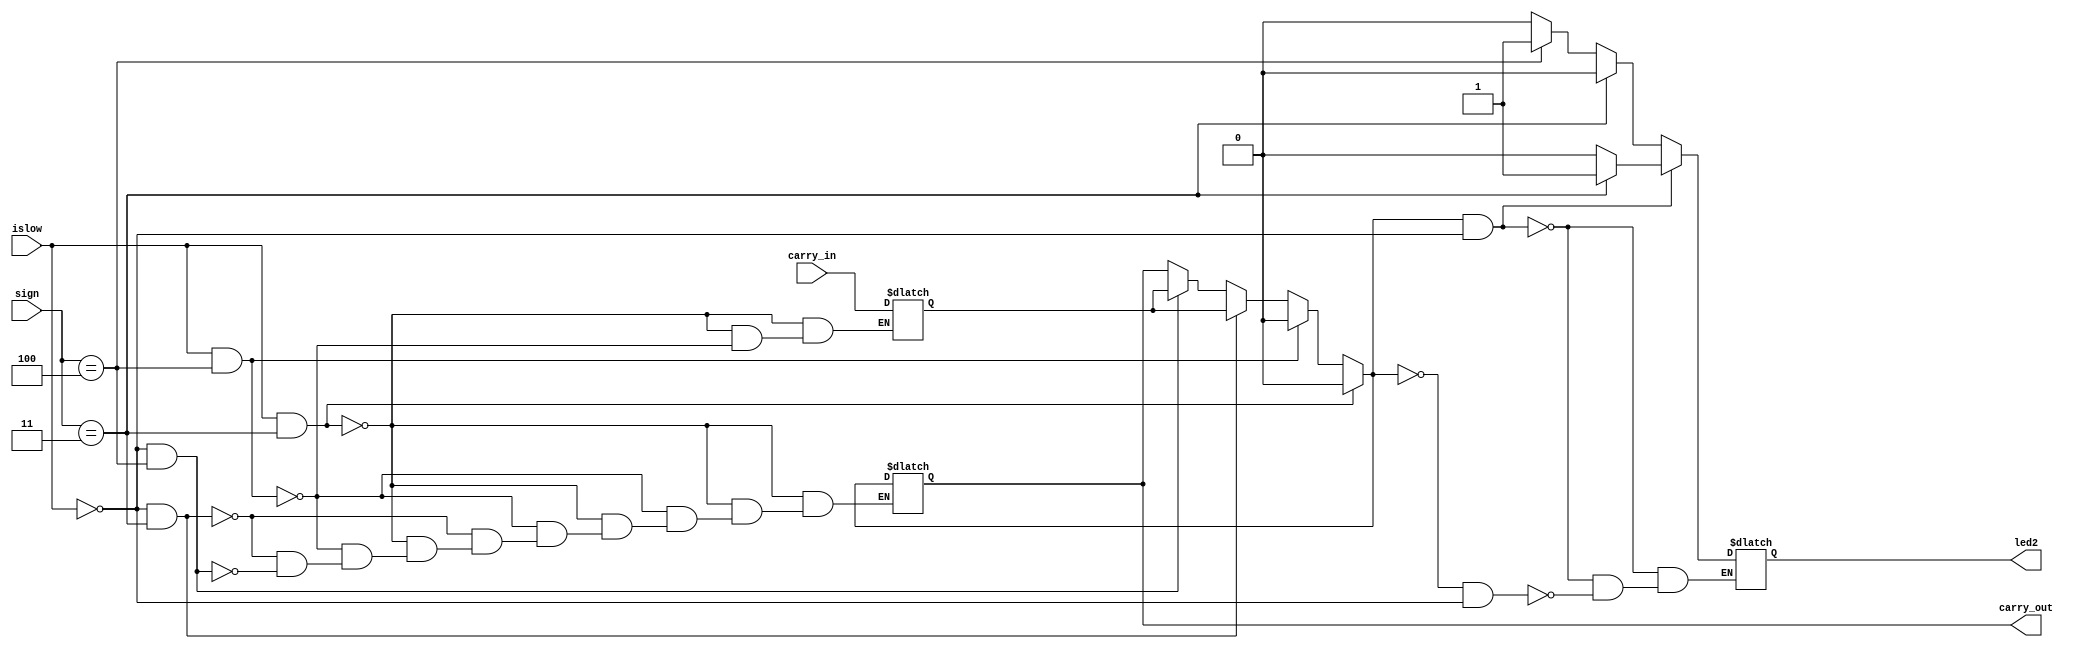
module flag(

	input [2:0]sign,//
	input islow,//
	input carry_in,//


	output reg carry_out,//
	output reg led2//
);

reg regcarry;//

// 
initial begin
	regcarry = 0;
	carry_out = 0;
end

always @(*)begin
	if (islow == 1 && sign == 3'b011) begin //
		regcarry = carry_in;
		carry_out = 0;
	end
	else if (islow == 1 && sign == 3'b100) begin //
		regcarry = carry_in;
		carry_out = 0;
	end
	else if (islow == 0 && sign == 3'b011) begin//
		carry_out=regcarry;
	end
	else if (islow == 0 && sign == 3'b100) begin//
		carry_out = regcarry;
	end
	if (carry_out == 1 && islow == 0) begin //
		if (sign == 3'b011) begin
			led2 = 1;			
		end
		else if (sign == 3'b100) begin
			led2 = 0;
		end
		else begin
			led2 = 0;
		end
	end
	else if (carry_out == 0 && islow == 0) begin//
		if (sign == 3'b011) begin
			led2 = 0;
		end
		else if (sign == 3'b100) begin
			led2 = 1;
		end
		else begin
			led2 = 0;			
		end

	end
end
endmodule